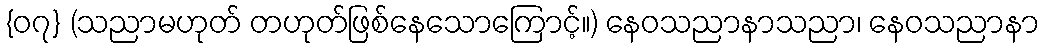
{၀၇} (သညာမဟုတ် တဟုတ်ဖြစ်နေသောကြောင့်။) နေဝသညာနာသညာ၊ နေဝသညာနာ